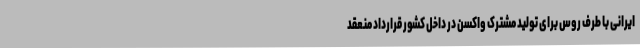
ایرانی با طرف روس برای تولید مشترک واکسن در داخل کشور قرارداد منعقد